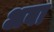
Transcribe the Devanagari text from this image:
अबा